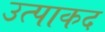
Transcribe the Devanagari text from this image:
उत्पाकद